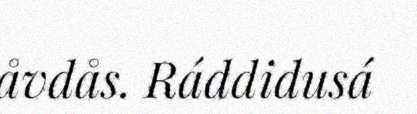
åvdås. Ráddidusá